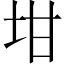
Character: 坩